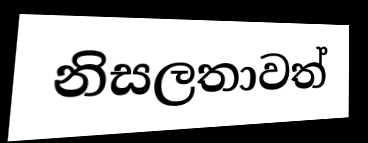
නිසලතාවත්